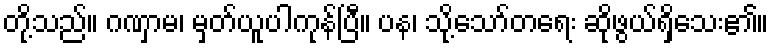
တို့သည်။ ဂဏှာမ၊ မှတ်ယူပါကုန်ပြီ။ ပန၊ သို့သော်တရေး ဆိုဖွယ်ရှိသေး၏။